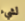
لشيء